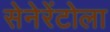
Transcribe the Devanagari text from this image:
सेनेरेंटोला